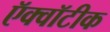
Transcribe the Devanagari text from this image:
ऍक्वॉटीक